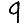
Digit: 9